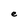
Character: e